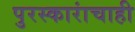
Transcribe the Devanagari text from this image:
पुरस्कारांचाही